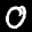
Label: 0